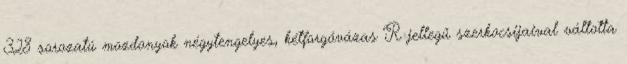
328 sorozatú mozdonyok négytengelyes, kétforgóvázas R jellegű szerkocsijaival váltotta